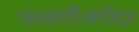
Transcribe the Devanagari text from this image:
फाळणीअगोदर